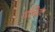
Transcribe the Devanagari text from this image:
गछिया